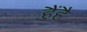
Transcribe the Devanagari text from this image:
हैंहै